King Institute of Preventive Medicine Micro-Biological Section reports 1909-11
Year: 1909
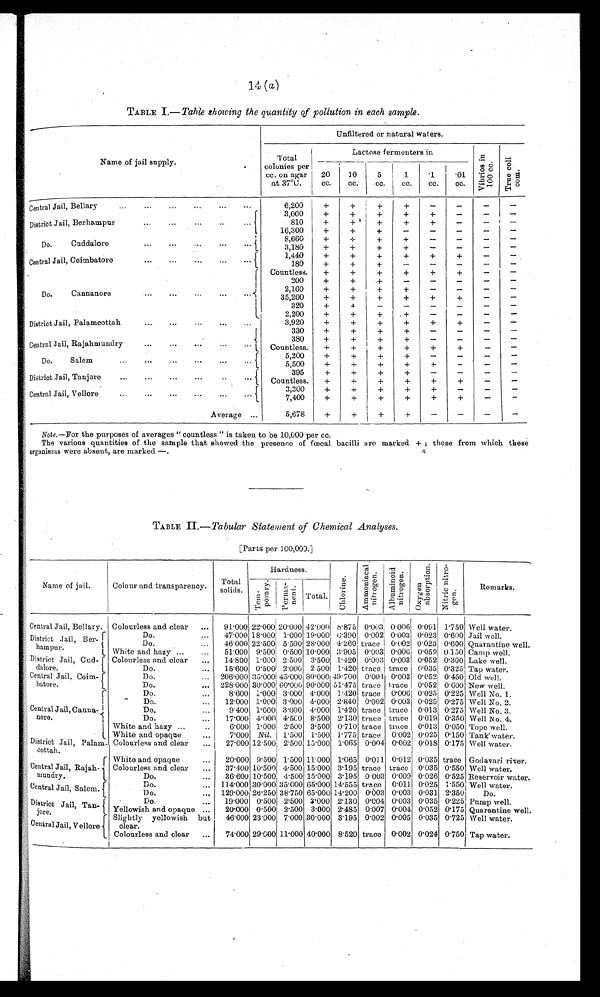
14 ( a)
TABLE I.— Table showing the quantity of pollution in each sample.
Name of jail supply.
Unfiltered or natural waters.
Total
colonies per
cc. on agar
at 37°C.
Lactose fermenters in
V i b r i o s i n 1 0 0 c c .
T r u e c o l i c o m .
20
cc.
10
cc.
5
cc.
1
cc.
. 1
cc.
. 0 1
cc.
Central Jail, Bellary ... ... ... ...
6,200
+
+
+
+
-
-
-
-
District Jail, Berhampur
...
...
...
...
3,000
+
+
+
+
+
-
- -
810
+
+
+
+
+
-
-
-
16,300
+
+
+
+
-
-
-
-
Do. Cuddalore
...
...
...
...
8,660
+
+
+
+
-
-
-
-
3,180
+
+
+
+
-
-
- -
1,440
+
+
+
+
+
+
-
-
Central Jail, Coimbatore . . . . . . ...
...
180
+
+
+
-
-
-
-
-
Do. Cannanore
...
...
...
...
Countless.
+
+
+
+
+
+
-
-
200
+
+
+
-
-
-
-
-
2,160
+
+
+
+
-
-
-
-
35,200
+
+
+
+
+
+
-
-
320
+
+
-
-
-
-
-
-
2,200
+
+
+
+
-
-
-
-
District Jail, Palamcottah
...
...
...
...
...
3,920
+
+
+
+
+
+
-
-
Central Jail, Rajahmundry
...
...
...
...
...
330
+
+
+
+
-
-
-
-
380
+
+
+
+
-
-
-
-
Countless.
+
+
+
+
+
+
-
-
Do. Salem
...
...
...
...
...
5,200
+
+
+
+
-
-
-
-
5,500
+
+
+
+
+
-
-
-
District Jail, Tanjore
... ...
...
...
395
+
+
+
+
-
-
-
-
Countless.
+
+
+
+
+
+
-
-
Central Jail, Vellore
...
...
...
...
...
...
3,300
+
+
+
+
+
+
-
-
7,400
+
+
+
+
+
+
-
-
Average ...
5,678
+
+
+
+
-
-
-
-
Note.—For the purposes of averages "countless" is taken to be 10,000 per cc.
The various quantities of the sample that showed the presence of fœcal bacilli are marked + ; those from which these
organisms were absent, are marked —.
TABLE II— Tabular Statement of Chemical Analyses.
[Parts per 100,000.]
Name of jail.
Colour and transparency.
H a r d n e s s
C h l o r i n e .
A m m o n i a c a l n i t r o g e n . A l b u m i n o i d n i t r o g e n .
O x y g e n a b s o r p t i o n . N i t r i c n i t r o g e n .
Remarks.
Total
solids.
T e m p o r a r y
P e r m a ¬ n e n t
Total.
Central Jail, Bellary. Colourless and clear
..
91.000
2 2 . 0 0 0
20.000
42.000 8.875 0.003 0.006 0.091 1.750 Well water.
District Jail, Ber
¬hampur.
Do.
...
47.000 18.000 1.000 19.000 6.390 0.002 0.003 0.023 0.600 Jail well.
Do.
...
46.000 22.500 5.500 28.000 4.260 trace 0.002 0.023 0.600 Quarantine well.
White and hazy ...
...
51.000 9.500 0.500 10.000 3.905 0.003 0.006 0.059 0.150 Camp well.
District Jail, Cud
¬dalore.
Colourless and clear
...
14.800 1.000 2.500 3.500 1.420 0.003 0.003 0.052 0.300 Lake well.
Do.
...
15.600 0.500 2.000 2.500 1.420 trace. trace. 0.035 0.325 Tap water.
Central. Jail, Coim
¬batore.
Do.
... 206.000 35.000 45.000 80.000 49.700 0.004 0.003 0.052 0.450 Old well.
Do.
... 228.000 30.000 60.000 90.000 51.475 trace trace 0.052 0.600 New well.
Central Jail, Canna¬nore
Do.
...
8.600 1.000 3.000 4.000 1.420 trace 0.006 0.025 0.225 Well No. 1.
Do.
...
12.000 1.000 3.000
4 0 0 0
2.840 0.002 0.003 0.025 0.275 Well No. 2.
Do.
...
9.400 1.000 3.000 4.000 1.420 trace trace 0.013 0.275 Well No. 3.
Do.
...
17.000 4.000 4.500 8.500 2.130 trace trace 0.019 0.350 Well No. 4.
White and hazy...
..
6.000 1.000 2.500 3.500 0.710 trace trace 0.013 0.050 Tope well.
White and opaque
...
7.000 Nil. 1.500 1.500 1.775 trace 0.002 0.025 0.150 Tank water.
District Jail, Pala
m¬cottah.
Colourless and clear
...
27.00 12.500 2.500 15.000 1.065 0.004 0.002 0.018 0.175 Well water.
Central Jail, Rajah
¬ m u n d r y .
White and opaque
20.000 9.500 1 . 5 0 0
11.000 1.065 0.011 0.012 0.035 trace Godavari river.
Colourless and clear
...
37.400 10.500 4.500 15.000 3.195 trace trace 0.035 0.550 Well water.
Do.
...
36.600 10.500 4.500 15.000 3.195 0.003 0.009 0.026 0.525 Reservoir water.
Central Jail, Salem.
Do.
. . . 114.000
3 0 . 0 0 0
35.000
65..000 14.555 trace 0.011 0.025 1.550 Well water.
Do.
... 129.000
2 6 . 2 5 0
38.750 65.000 14.200 0.003 0.003 0.031 2.350
Do.
District Jail, Tan
¬jore.
Do.-
19.000 0.500 2.500 3.000 2.130 0.004 0.003 0.035 0.225 Pump well.
Yellowish and opaque ...
20.000 0.500 2.500 3.000 2.485 0.007 0.004 0.052 0.175 Quarantine well.
Central Jail, Vellore
Slightly yellowish but c l e a r 46.000 23.000 7.000 30.000 3.195 0.002 0.005 0.035 0.725 Well water.
Colourless and clear
...
74.000
2 9 . 0 0 0 11.000 40.000 8.520 trace 0.002 0.024 0.750 Tap water.